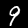
Digit: 9